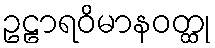
ဥဠာရဝိမာနဝတ္ထု